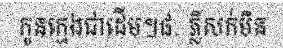
កូនក្មេងជាដើម។៨. ភ្លីសក់មិន